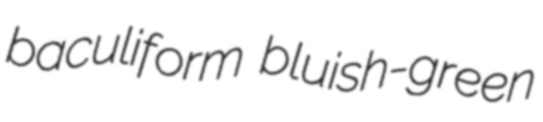
baculiform bluish-green